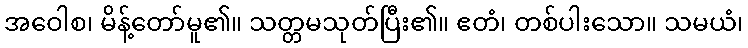
အဝေါစ၊ မိန့်တော်မူ၏။ သတ္တမသုတ်ပြီး၏။ ဧတံ၊ တစ်ပါးသော။ သမယံ၊